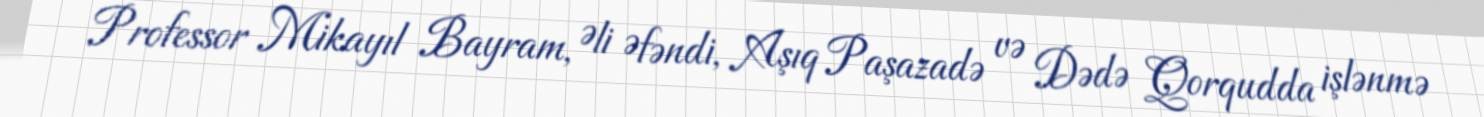
Professor Mikayıl Bayram, Əli Əfəndi, Aşıq Paşazadə və Dədə Qorqudda işlənmə